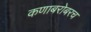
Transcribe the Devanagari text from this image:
कणाबरोबरच